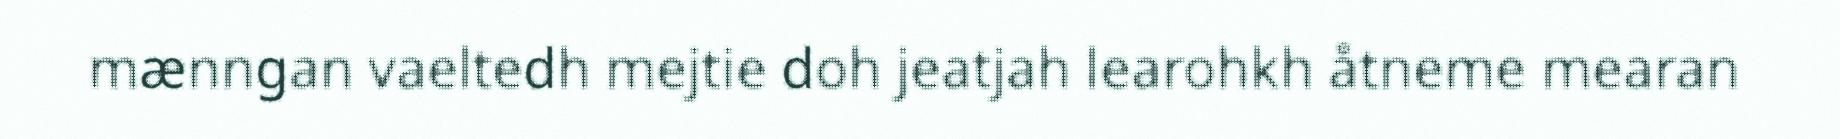
mænngan vaeltedh mejtie doh jeatjah learohkh åtneme mearan